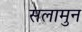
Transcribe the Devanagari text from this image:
सलामुन